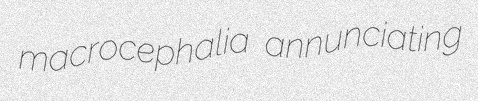
macrocephalia annunciating